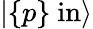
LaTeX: |\{ p\} \ \mathrm{in}\rangle